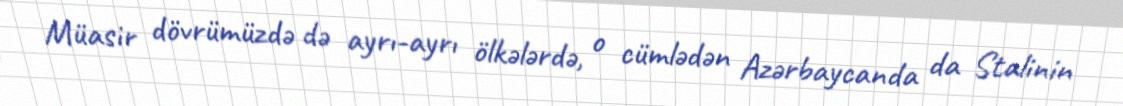
Müasir dövrümüzdə də ayrı-ayrı ölkələrdə, o cümlədən Azərbaycanda da Stalinin